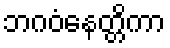
ဘဂဝံနေတ္တိကာ